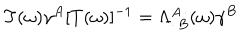
T ( \omega ) \gamma ^ { A } [ T ( \omega ) ] ^ { - 1 } = \Lambda _ { \cdot \, B } ^ { A \, \cdot } ( \omega ) \gamma ^ { B }